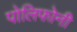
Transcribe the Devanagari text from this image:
पोलिफोनी